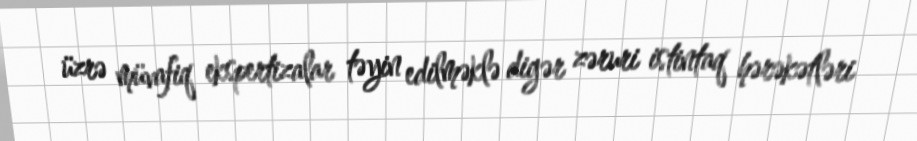
üzrə müvafiq ekspertizalar təyin edilməklə digər zəruri istintaq hərəkətləri